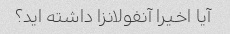
آیا اخیرا آنفولانزا داشته اید؟